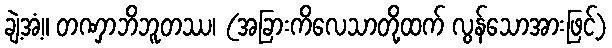
ချဲ့အံ့။ တဏှာဘိဘူတဿ၊ (အခြားကိလေသာတို့ထက် လွန်သောအားဖြင့်)